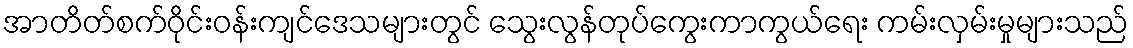
အာတိတ်စက်ဝိုင်းဝန်းကျင်ဒေသများတွင် သွေးလွန်တုပ်ကွေးကာကွယ်ရေး ကမ်းလှမ်းမှုများသည်